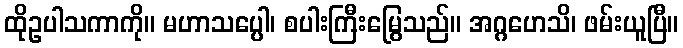
ထိုဥပါသကာကို။ မဟာသပ္ပေါ၊ စပါးကြီးမြွေသည်။ အဂ္ဂဟေသိ၊ ဖမ်းယူပြီ။